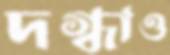
দগ্ধাও